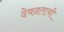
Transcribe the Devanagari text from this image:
देवव्रताची